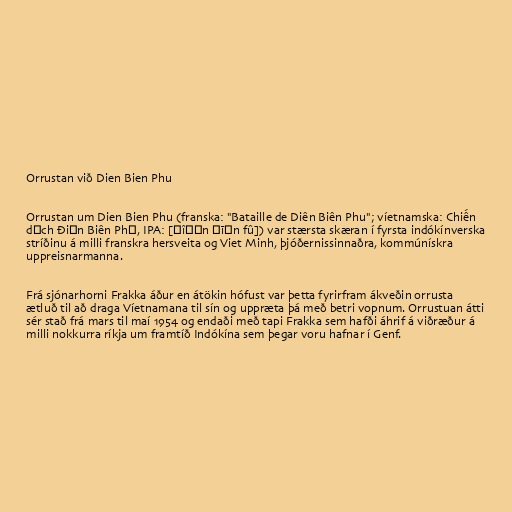
Orrustan við Dien Bien Phu

Orrustan um Dien Bien Phu (franska: "Bataille de Diên Biên Phu"; víetnamska: Chiến
dịch Điện Biên Phủ, IPA: [ɗîəˀn ɓīən fû]) var stærsta skæran í fyrsta indókínverska
stríðinu á milli franskra hersveita og Viet Minh, þjóðernissinnaðra, kommúnískra
uppreisnarmanna.

Frá sjónarhorni Frakka áður en átökin hófust var þetta fyrirfram ákveðin orrusta
ætluð til að draga Víetnamana til sín og uppræta þá með betri vopnum. Orrustuan átti
sér stað frá mars til maí 1954 og endaði með tapi Frakka sem hafði áhrif á viðræður á
milli nokkurra ríkja um framtíð Indókína sem þegar voru hafnar í Genf.